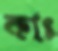
কাৎ